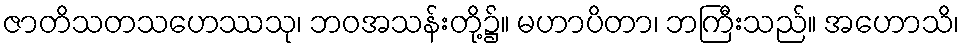
ဇာတိသတသဟေဿသု၊ ဘဝအသန်းတို့၌။ မဟာပိတာ၊ ဘကြီးသည်။ အဟောသိ၊